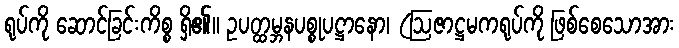
ရုပ်ကို ဆောင်ခြင်းကိစ္စ ရှိ၏။ ဥပတ္ထမ္ဘနပစ္စုပဋ္ဌာနော၊ (ဩဇာဋ္ဌမကရုပ်ကို ဖြစ်စေသောအား